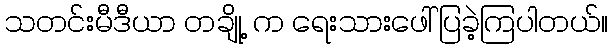
သတင်းမီဒီယာ တချို့ က ရေးသားဖေါ်ပြခဲ့ကြပါတယ်။